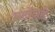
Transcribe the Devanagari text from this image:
भालेदारी